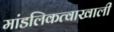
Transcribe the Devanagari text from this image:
मांडलिकत्वाखाली